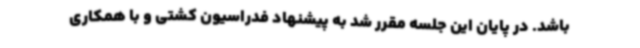
باشد. در پایان این جلسه مقرر شد به پیشنهاد فدراسیون کشتی و با همکاری